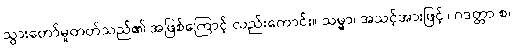
သွားတော်မူတတ်သည်၏ အဖြစ်ကြောင့် လည်းကောင်း။ သမ္မာ၊ အသင့်အားဖြင့်။ ဂဒတ္တာ စ၊